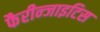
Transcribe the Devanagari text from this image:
फैरीन्जाइटिस